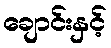
ချောင်းနှင့်